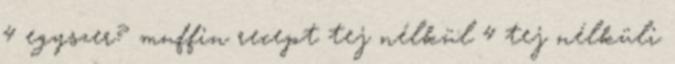
4 egyszer? muffin recept tej nélkül 4 tej nélküli